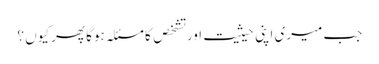
جب میری اپنی حیثیت اور تشخص کا مسئلہ ہوگا پھر کیوں ؟